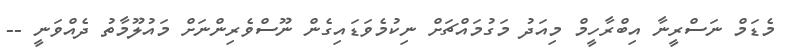
މެޑަމް ނަސްރީނާ އިބްރާހީމް މިއަދު މަގުމައްޗަށް ނިކުމެވަޑައިގެން ނޫސްވެރިންނަށް މައުލޫމާތު ދެއްވަނީ --